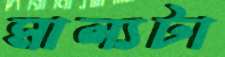
মাল্যটা